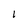
Character: I